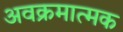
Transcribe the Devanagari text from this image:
अवक्रमात्मक